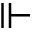
\Vdash